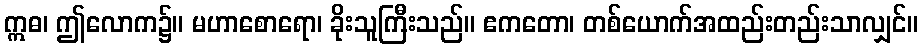
ဣဓ၊ ဤလောက၌။ မဟာစောရော၊ ခိုးသူကြီးသည်။ ဧကတော၊ တစ်ယောက်အထည်းတည်းသာလျှင်။